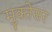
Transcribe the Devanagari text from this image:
मुक्तेसर